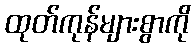
ထုတ်ကုန်များစွာကို